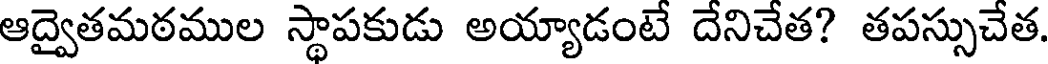
ఆద్వైతమఠముల స్థాపకుడు అయ్యాడంటే దేనిచేత? తపస్సుచేత